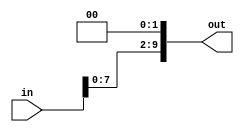
module left_shifter_2(out, in);

input [9:0] in;
output reg [9:0] out;

always @(in)
begin
	out = in << 2;
end
endmodule